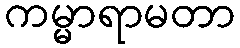
ကမ္မာရာမတာ